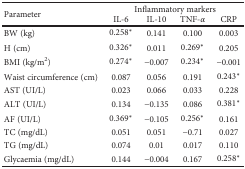
<table><thead><tr><td rowspan="2"><b>Parameter</b></td><td colspan="4"><b>Inflammatory markers</b></td></tr><tr><td><b>IL-6</b></td><td><b>IL-10</b></td><td><b>TNF-<i>α</i></b></td><td><b>CRP</b></td></tr></thead><tbody><tr><td>BW (kg)</td><td>0.258<sup>∗</sup></td><td>0.141</td><td>0.100</td><td>0.003</td></tr><tr><td>H (cm)</td><td>0.326<sup>∗</sup></td><td>0.011</td><td>0.269<sup>∗</sup></td><td>0.205</td></tr><tr><td>BMI (kg/m<sup>2</sup>)</td><td>0.274<sup>∗</sup></td><td>−0.007</td><td>0.234<sup>∗</sup></td><td>−0.001</td></tr><tr><td>Waist circumference (cm)</td><td>0.087</td><td>0.056</td><td>0.191</td><td>0.243<sup>∗</sup></td></tr><tr><td>AST (UI/L)</td><td>0.023</td><td>0.066</td><td>0.033</td><td>0.228</td></tr><tr><td>ALT (UI/L)</td><td>0.134</td><td>−0.135</td><td>0.086</td><td>0.381<sup>∗</sup></td></tr><tr><td>AF (UI/L)</td><td>0.369<sup>∗</sup></td><td>−0.105</td><td>0.256<sup>∗</sup></td><td>0.161</td></tr><tr><td>TC (mg/dL)</td><td>0.051</td><td>0.051</td><td>−0.71</td><td>0.027</td></tr><tr><td>TG (mg/dL)</td><td>0.074</td><td>0.01</td><td>0.017</td><td>0.110</td></tr><tr><td>Glycaemia (mg/dL)</td><td>0.144</td><td>−0.004</td><td>0.167</td><td>0.258<sup>∗</sup></td></tr></tbody></table>